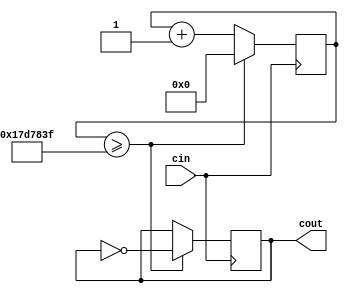
module ClockDivider(cin, cout);
	// Based on (corrected) code from fpga4student.com
	// cin is the input clock; if from the DE10-Lite,
	// the input clock will be at 50 MHz
	// The clock divider toggles cout every 25 million
	// cycles of the input clock

	// Provided clock divider code, that ticks every one second

	input cin;
	output reg cout;
	reg[31:0] count; 
	parameter D = 32'd25_000_000;
	always @(posedge cin) begin
		count <= count + 32'd1;
		if (count >= (D-1)) begin
			cout <= ~cout;
			count <= 32'd0;
		end
	end
endmodule